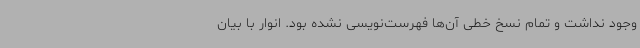
وجود نداشت و تمام نسخ خطی آن‌ها فهرست‌نویسی نشده بود. انوار با بیان